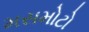
મસમોટો